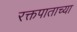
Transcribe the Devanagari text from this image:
रक्तपाताच्या